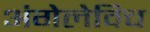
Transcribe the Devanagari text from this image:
अंगेलेविच